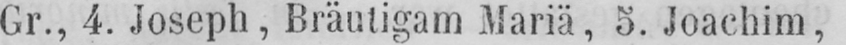
Gr., 4. Joseph, Bräutigam Mariä, 5. Joachim,